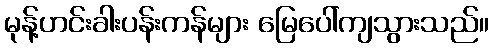
မုန့်ဟင်းခါးပန်းကန်များ မြေပေါ်ကျသွားသည်။